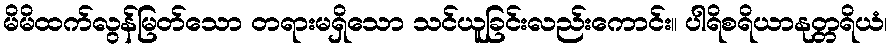
မိမိထက်လွန်မြတ်သော တရားမရှိသော သင်ယူခြင်းလည်းကောင်း။ ပါရိစရိယာနုတ္တရိယံ၊